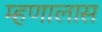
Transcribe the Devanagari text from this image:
म्हणालास